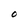
Character: O